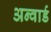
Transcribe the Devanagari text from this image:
अन्वार्ड